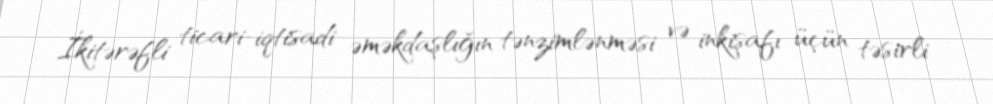
İkitərəfli ticari-iqtisadi əməkdaşlığın tənzimlənməsi və inkişafı üçün təsirli